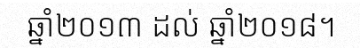
ឆ្នាំ២០១៣ ដល់ ឆ្នាំ២០១៨។